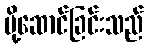
ပို့ဆောင်ခြင်းသည်